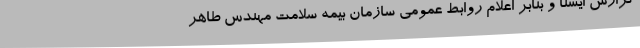
گزارش ایسنا و بنابر اعلام روابط عمومی سازمان بیمه سلامت مهندس طاهر